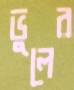
ভুলের